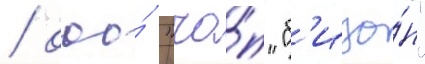
/ ооо́ "чо́п "б'изо́н"